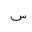
Letter: _sin